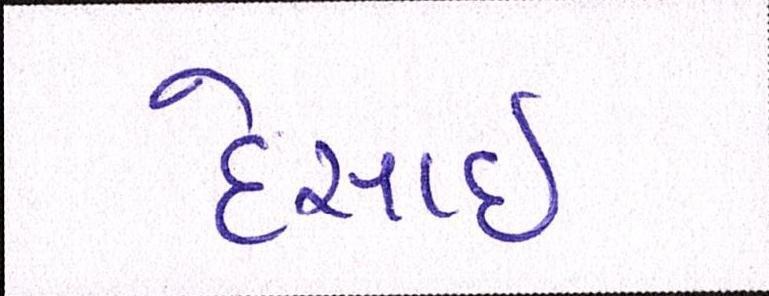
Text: દેસાઇ